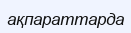
ақпараттарда